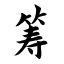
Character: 筹